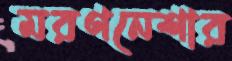
মরণনেশার